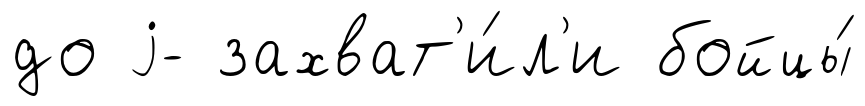
до j- захват'и́л'и бойцы́